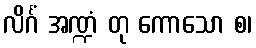
လိင်္ဂံ အဏ္ဍံ တု ကောသော စ၊